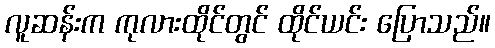
လူဆန်းက ကုလားထိုင်တွင် ထိုင်ယင်း ပြောသည်။